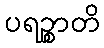
ပရဉ္စာတိ